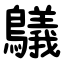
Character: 鸃